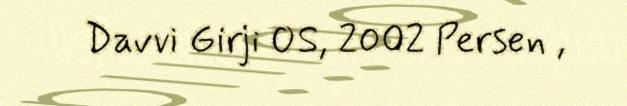
Davvi Girji OS, 2002 Persen ,